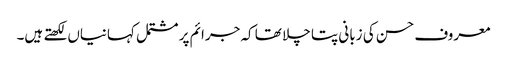
معروف حسن کی زبانی پتا چلا تھا کہ جرائم پر مشتمل کہانیاں لکھتے ہیں۔